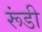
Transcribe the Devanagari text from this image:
रूंडी